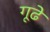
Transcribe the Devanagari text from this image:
गूढे